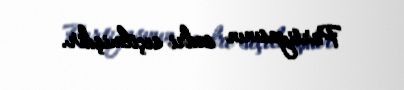
Partiyasının sədri seçilmişdir.